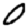
Digit: 0